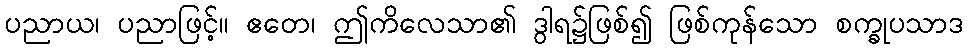
ပညာယ၊ ပညာဖြင့်။ ဧတေ၊ ဤကိလေသာ၏ ဒွါရ၌ဖြစ်၍ ဖြစ်ကုန်သော စက္ခုပသာဒ